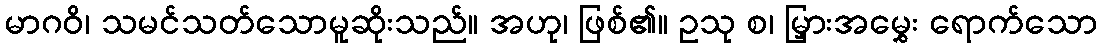
မာဂဝိ၊ သမင်သတ်သောမူဆိုးသည်။ အဟု၊ ဖြစ်၏။ ဥသု စ၊ မြှားအမွှေး ရောက်သော